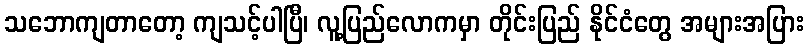
သဘောကျတာတော့ ကျသင့်ပါပြီ၊ လူ့ပြည်လောကမှာ တိုင်းပြည် နိုင်ငံတွေ အများအပြား